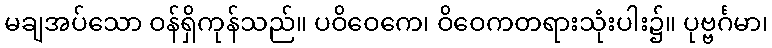
မချအပ်သော ဝန်ရှိကုန်သည်။ ပဝိဝေကေ၊ ဝိဝေကတရားသုံးပါး၌။ ပုဗ္ဗင်္ဂမာ၊